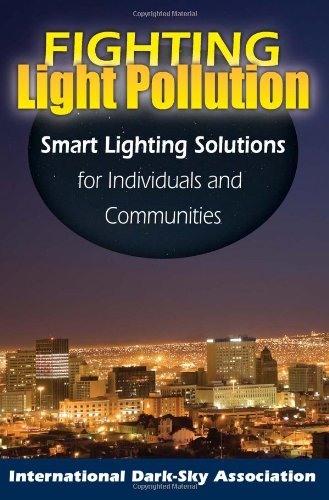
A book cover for Fighting Light Pollution: Smart Lighting Solutions for Individuals and Communities; The International Dark-Sky Association; Science & Math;